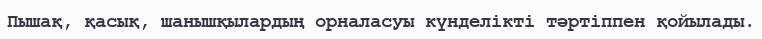
Пышақ, қасық, шанышқылардың орналасуы күнделікті тәртіппен қойылады.